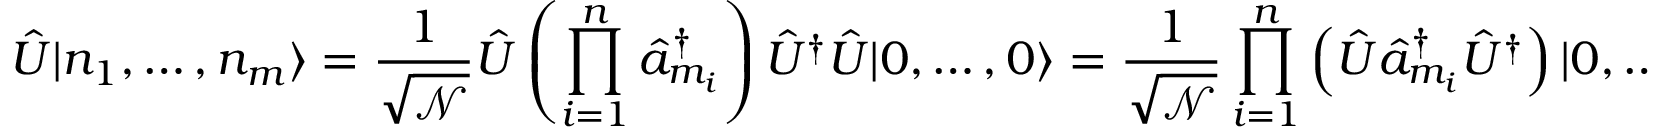
\hat { U } | n _ { 1 } , \dots , n _ { m } \rangle = \frac { 1 } { \sqrt { \mathcal { N } } } \hat { U } \left( \prod _ { i = 1 } ^ { n } \hat { a } _ { m _ { i } } ^ { \dag } \right) \hat { U } ^ { \dag } \hat { U } | 0 , \dots , 0 \rangle = \frac { 1 } { \sqrt { \mathcal { N } } } \prod _ { i = 1 } ^ { n } \left( \hat { U } \hat { a } _ { m _ { i } } ^ { \dag } \hat { U } ^ { \dag } \right) | 0 , \dots , 0 \rangle .